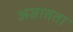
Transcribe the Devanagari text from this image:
अज्ञातता